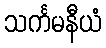
သင်္ကမနီယံ